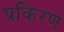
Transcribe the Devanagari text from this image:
प्रकिरण